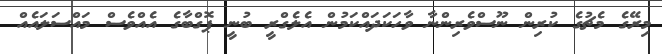
މިރޭގެ މެޗުގެ ކުރިން ނޫސްވެރިންނާ ވާހަކަދައްކަމުން އެލެގްރީ ބުނީ ޕޮގްބާގެ އެއްވެސް މައްސަލައެއް